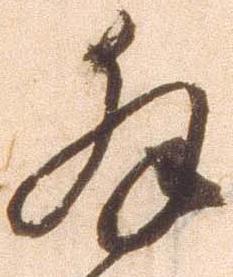
拝